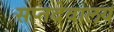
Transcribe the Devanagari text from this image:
सप्तदेवालय